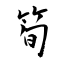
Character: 筍